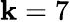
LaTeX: \mathbf{k}=7